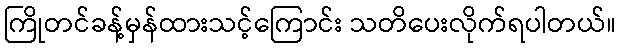
ကြိုတင်ခန့်မှန်ထားသင့်ကြောင်း သတိပေးလိုက်ရပါတယ်။